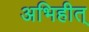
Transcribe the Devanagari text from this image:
अभिहीत्